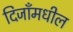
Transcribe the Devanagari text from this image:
दिजाँमधील